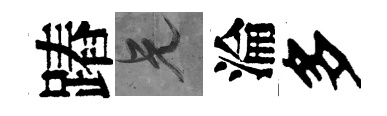
蹖兄淪多